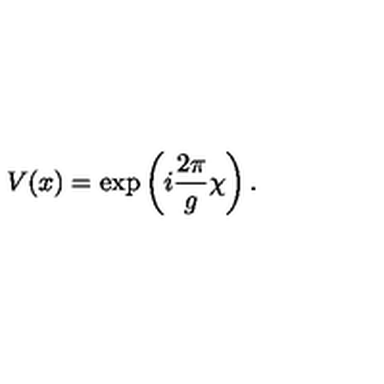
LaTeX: V ( x ) = \exp \left( i { \frac { 2 \pi } { g } } \chi \right) .